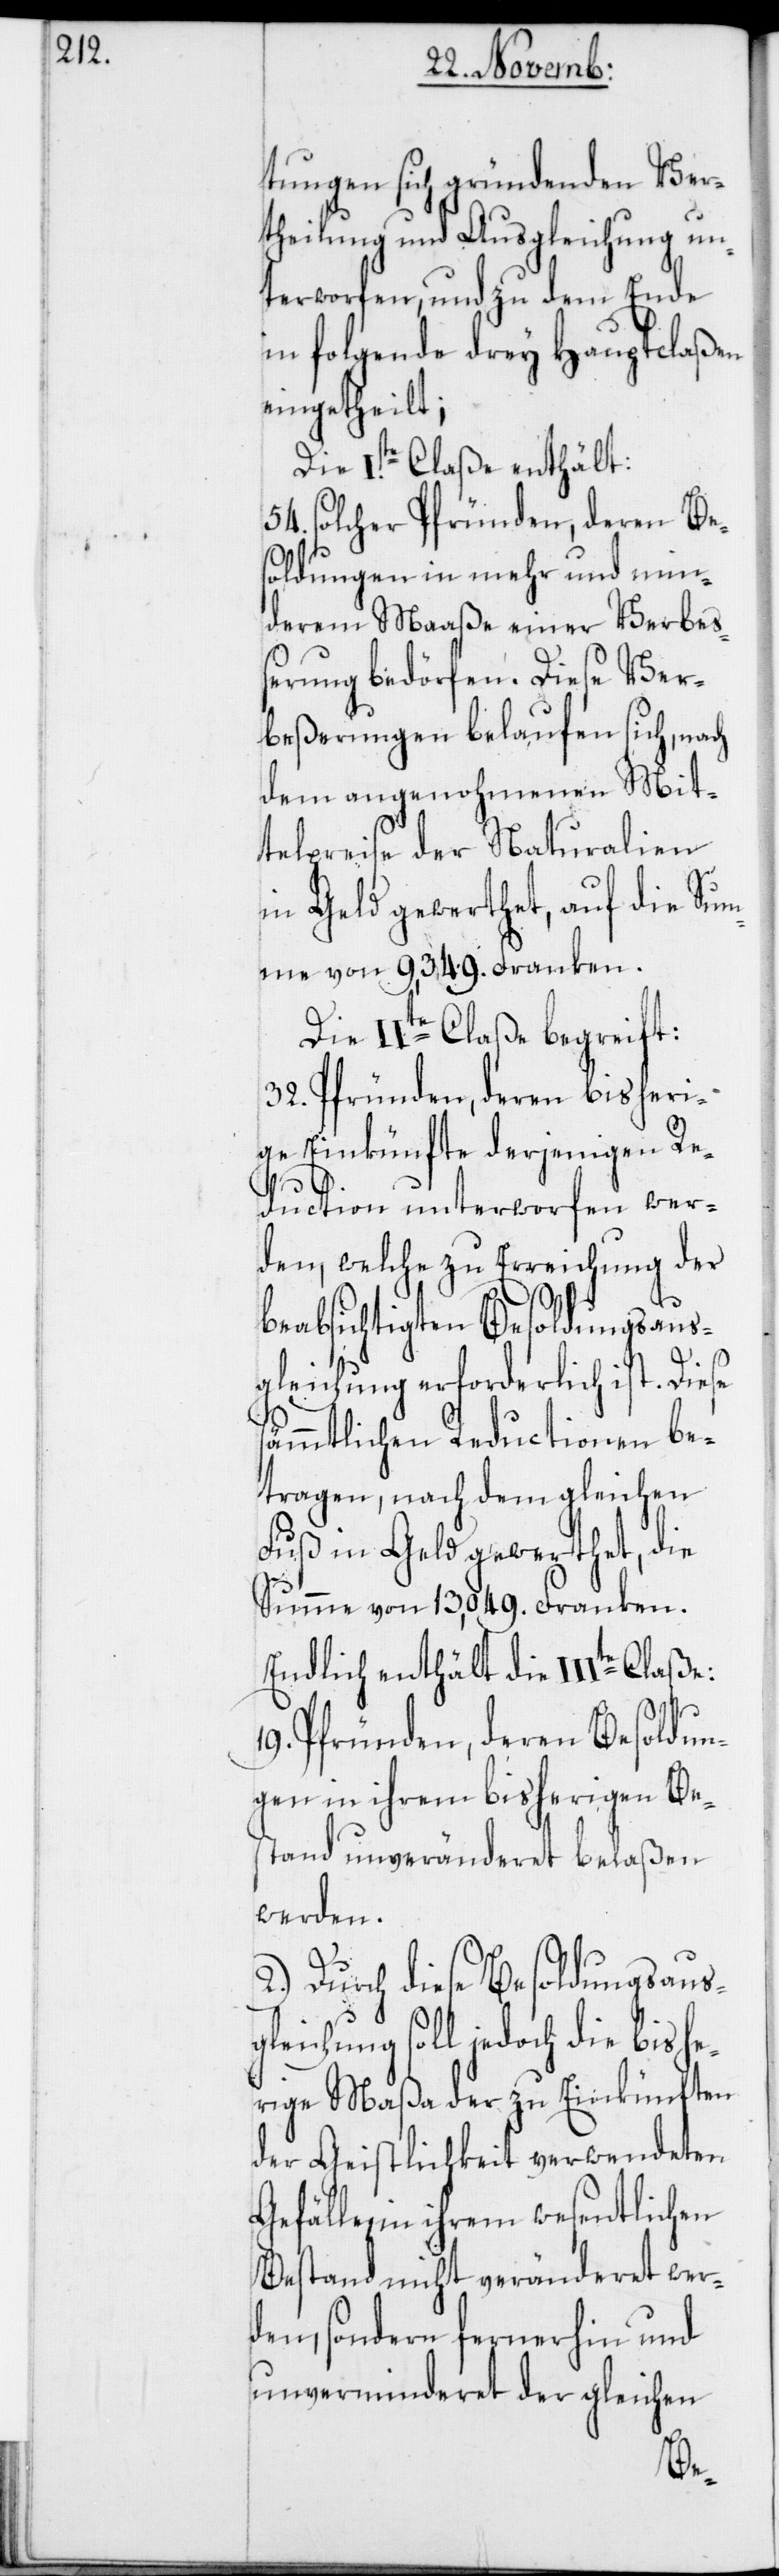
tungen sich gründenden Ver¬
theilung und Ausgleichung un¬
terworfen, und zu dem Ende
in folgende drey Hauptclaßen
eingetheilt;
Die Iste Claße enthält:
54. solcher Pfründen, deren Be¬
soldungen in mehr und min¬
derem Maaße einer Verbe¬
ßerung bedörfen. Diese Ver¬
beßerungen belaufen sich, nach
dem angenohmenen Mit¬
telpreise der Naturalien
in Geld gewerthet, auf die Sum¬
me von 9,349. Franken.
Die IIte Claße begreift:
32. Pfründen, deren bisheri¬
ge Einkünfte derjenigen Re¬
duction unterworfen wer¬
den, welche zu Erreichung der
beabsichtigten Besoldungsaus¬
gleichung erforderlich ist. Diese
sämmtlichen Reductionen be¬
tragen, nach dem gleichen
Fuß in Geld gewerthet, die
Summe von 13,049. Franken.
Endlich enthält die IIIte
19. Pfründen, deren Besoldun¬
gen in ihrem bisherigen Be¬
stand unveränderet belaßen
werden.
2.) Durch diese Besoldungsaus¬
gleichung soll jedoch die bishe¬
rige Maaßa der zu Einkünften
der Geistlichkeit verwendeten
Gefälle, in ihrem wesentlichen
Bestand nicht veränderet wer¬
den, sondern fernerhin und
unverminderet der gleichen